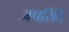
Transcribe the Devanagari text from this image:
अपरिति